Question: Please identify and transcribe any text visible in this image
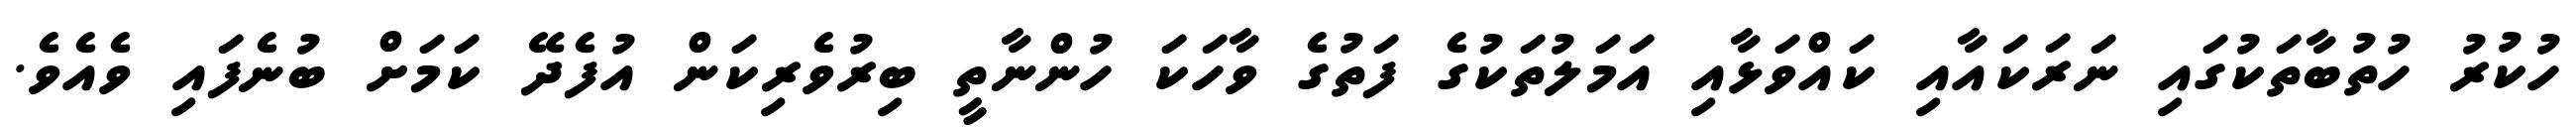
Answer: ހުކުރު ހުތުބާތަކުގައި ނަރަކައާއި ކައްވަޅާއި އަމަލުތަކުގެ ފަތުގެ ވާހަކަ ހުންނާތީ ބިރުވެރިކަން އުފެދޭ ކަމަށް ބުނެފައި ވެއެވެ.